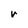
Character: r